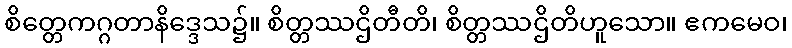
စိတ္တေကဂ္ဂတာနိဒ္ဒေသ၌။ စိတ္တဿဌိတီတိ၊ စိတ္တဿဌိတိဟူသော။ ဧကမေဝ၊